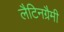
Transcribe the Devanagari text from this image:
लैटिनग्रैमी